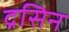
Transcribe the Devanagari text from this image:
द्रसिन